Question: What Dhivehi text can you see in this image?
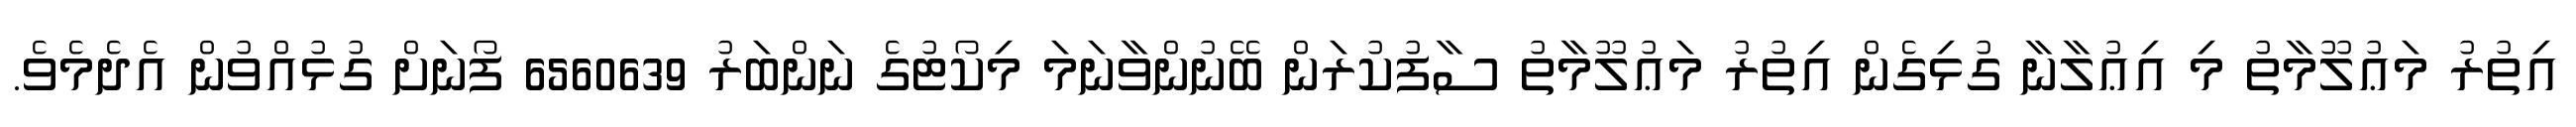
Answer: އިތުރު މަޢުލޫމާތު މި އިޢުލާނާ ގުޅިގެން އިތުރު މަޢުލޫމާތު ސާފުކުރަން ބޭނުންވާނަމަ މިކޯޓުގެ ނަންބަރު 6560639 ފޯނަށް ގުޅުއްވުން އެދެމެވެ.